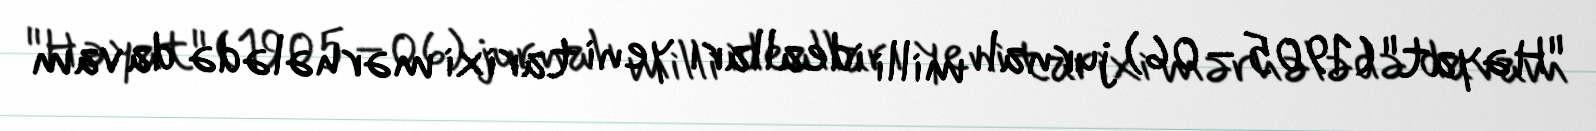
"Həyat" (1905–06) jurnalı milli idealları yeni tarixi mərhələdə davam